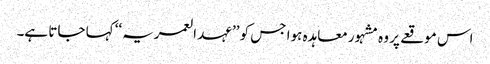
اس موقعے پر وہ مشہور معاہدہ ہوا جس کو ’’عہد العمریہ‘‘ کہا جاتا ہے۔